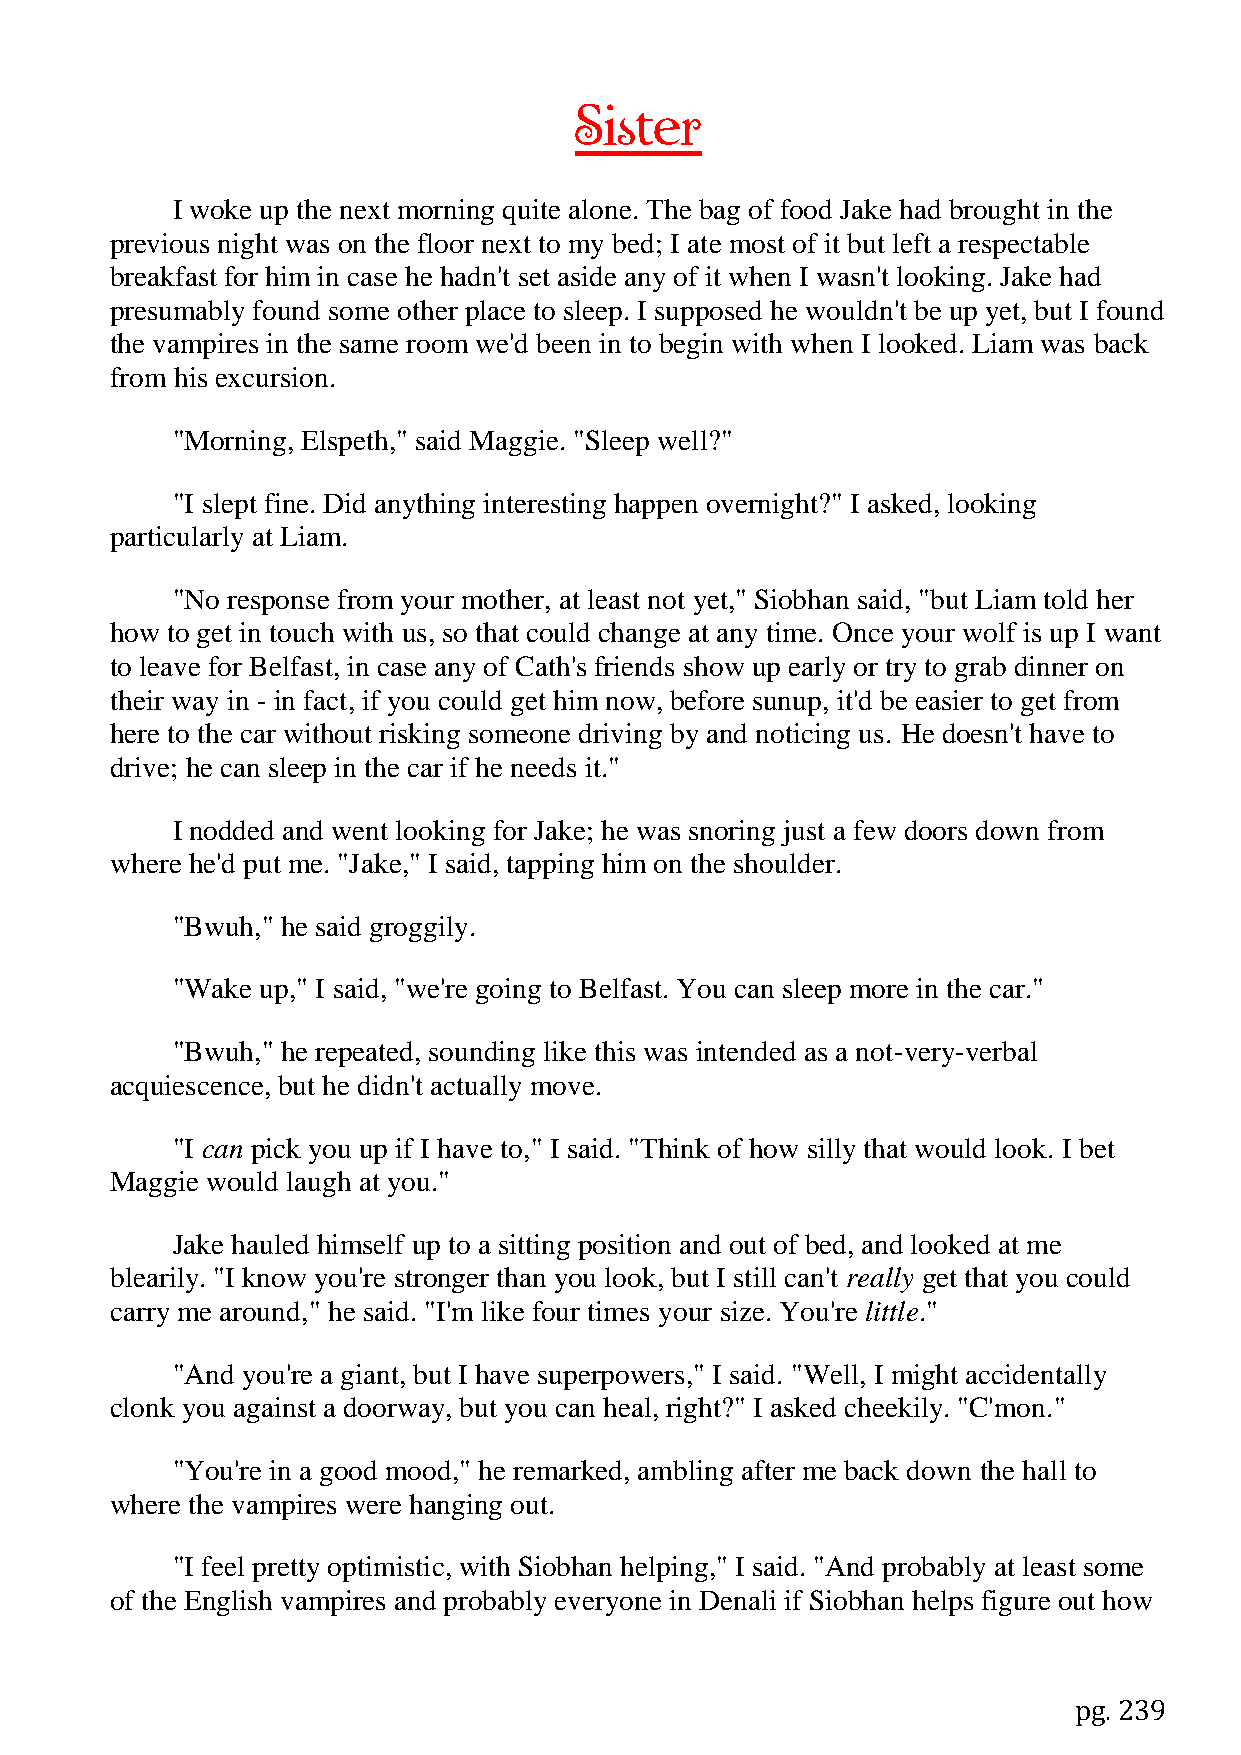
Sister
 I woke up the next morning quite alone. The bag of food Jake had brought in the
 previous night was on the floor next to my bed; I ate most of it but left a respectable
 breakfast for him in case he hadn't set aside any of it when I wasn't looking. Jake had
 presumably found some other place to sleep. I supposed he wouldn't be up yet, but I found
 the vampires in the same room we'd been in to begin with when I looked. Liam was back
 from his excursion.
 "Morning, Elspeth," said Maggie. "Sleep well?"
 "I slept fine. Did anything interesting happen overnight?" I asked, looking
 particularly at Liam.
 "No response from your mother, at least not yet," Siobhan said, "but Liam told her
 how to get in touch with us, so that could change at any time. Once your wolf is up I want
 to leave for Belfast, in case any of Cath's friends show up early or try to grab dinner on
 their way in - in fact, if you could get him now, before sunup, it'd be easier to get from
 here to the car without risking someone driving by and noticing us. He doesn't have to
 drive; he can sleep in the car if he needs it."
 I nodded and went looking for Jake; he was snoring just a few doors down from
 where he'd put me. "Jake," I said, tapping him on the shoulder.
 "Bwuh," he said groggily.
 "Wake up," I said, "we're going to Belfast. You can sleep more in the car."
 "Bwuh," he repeated, sounding like this was intended as a not-very-verbal
 acquiescence, but he didn't actually move.
 "I can pick you up if I have to," I said. "Think of how silly that would look. I bet
 Maggie would laugh at you."
 Jake hauled himself up to a sitting position and out of bed, and looked at me
 blearily. "I know you're stronger than you look, but I still can't really get that you could
 carry me around," he said. "I'm like four times your size. You're little."
 "And you're a giant, but I have superpowers," I said. "Well, I might accidentally
 clonk you against a doorway, but you can heal, right?" I asked cheekily. "C'mon."
 "You're in a good mood," he remarked, ambling after me back down the hall to
 where the vampires were hanging out.
 "I feel pretty optimistic, with Siobhan helping," I said. "And probably at least some
 of the English vampires and probably everyone in Denali if Siobhan helps figure out how
 pg. 239